Note on the mental hospitals in Burma - 1925-1940
Year: 1925
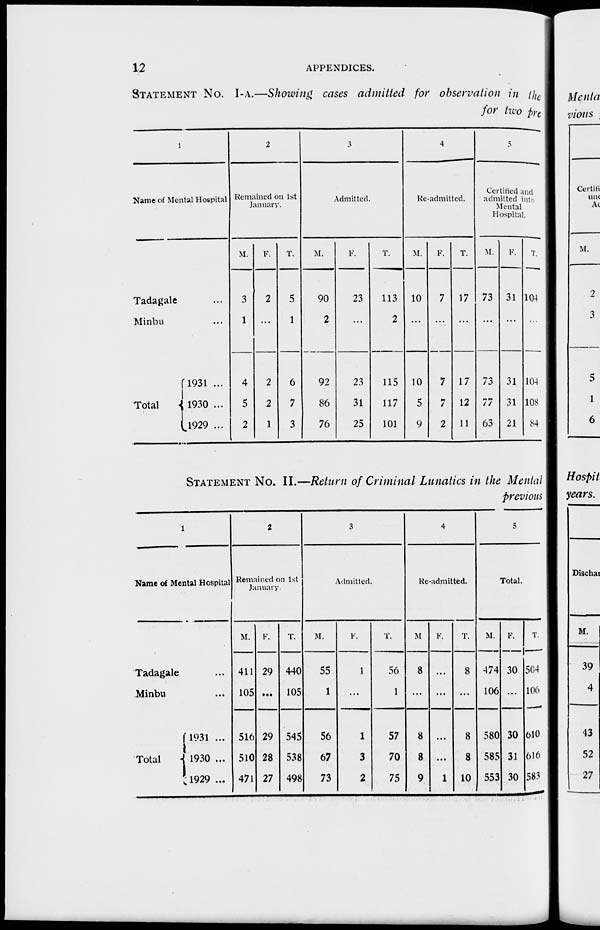
12
APPENDICES.
STATEMENT NO. I-A.—Showing cases admitted for observation in the
for two pre
1
Name of Mental Hospital
Tadagale ...
Minbu ...
Total
1931 ...
1930 ...
1929 ...
2
Remained on 1st
January.
M.
3
1
4
5
2
F.
2
...
2
2
1
T.
5
1
6
7
3
3
Admitted.
M.
90
2
92
86
76
F.
23
...
23
31
25
T.
113
2
115
117
101
4
Re-admitted.
M.
10
...
10
5
9
F.
7
...
7
7
2
T.
17
...
17
12
11
5
Certified and
admitted into
Mental
Hospital.
M.
73
...
73
77
63
F.
31
...
31
31
21
T.
104
...
104
108
84
STATEMENT NO. II.—Return of Criminal Lunatics in the Mental
previous
1
Name of Mental Hospital
Tadagale ...
Minbu ...
Total
1931 ...
1930 ...
1929 ...
2
Remained on 1st
January
M.
411
105
516
510
471
F.
29
...
29
28
27
T.
440
105
545
538
498
3
Admitted.
M.
55
1
56
67
73
F.
1
...
1
3
2
T.
56
1
57
70
75
4
Re-admitted.
M
8
...
8
8
9
F.
...
...
...
...
1
T.
8
...
8
8
10
5
Total.
M.
474
106
580
585
553
F.
30
...
30
31
30
T.
504
106
610
616
583